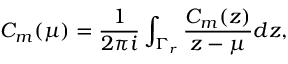
C _ { m } ( \mu ) = { \frac { 1 } { 2 \pi i } } \int _ { \Gamma _ { r } } { \frac { C _ { m } ( z ) } { z - \mu } } d z ,